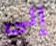
إلى